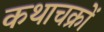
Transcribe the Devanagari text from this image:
कथाचक्रों